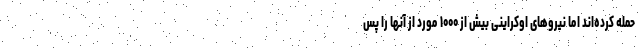
حمله کرده‌اند اما نیروهای اوکراینی بیش از ۱۰۰۰ مورد از آنها را پس